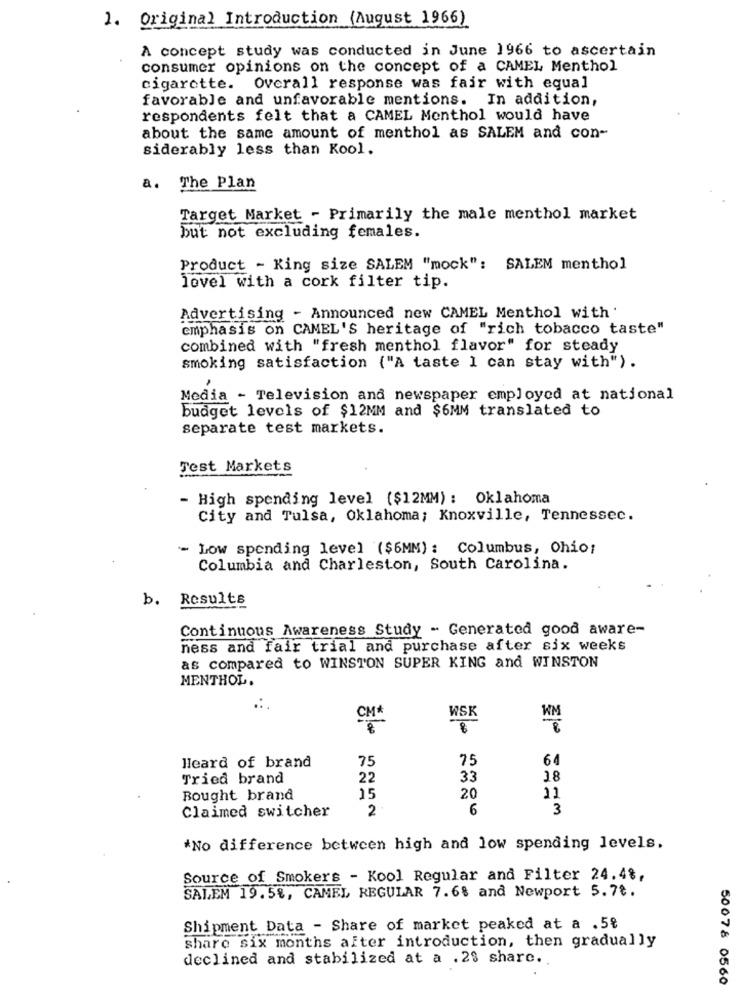
1. Original Introduction (August 1966)
A concept study was conducted in June 1966 to ascertain
consumer opinions on the concept of a CAMEL Menthol
cigarette. Overall response was fair with equal
favorable and unfavorable mentions. In addition,
respondents felt that a CAMEL Monthol would have
about the same amount of menthol as SALEM and con-
siderably less than Kool.
a. The Plan
Target Market - Primarily the male menthol market
but not excluding females.
Product - King size SALEM "mock": SALEM menthol
level with a cork filter tip.
Advertising - Announced new CAMEL Menthol with '
emphasis on CAMEL'S heritage of "rich tobacco taste"
combined with "fresh menthol flavor" for steady
smoking satisfaction ("A taste 1 can stay with") .
Media - Television and newspaper employed at national
budget levels of $12MM and $6MM translated to
separate test markets.
Test Markets
- High spending level ($12MM) : Oklahoma
City and Tulsa, Oklahoma; Knoxville, Tennessee.
- Low spending level ($6MM) : Columbus, Ohio;
Columbia and Charleston, South Carolina.
b. Results
Continuous Awareness Study - Generated good aware-
ness and fair trial and purchase after six weeks
as compared to WINSTON SUPER KING and WINSTON
MENTHOL.
CM*
WSK
Heard of brand
75
75
64
Tried brand
22
33
18
Bought brand
15
20
11
Claimed switcher
2
6
3
*No difference between high and low spending levels.
Source of Smokers - Kool Regular and Filter 24.4%,
SALEM 19.5%, CAMEL REGULAR 7.6% and Newport 5.7¢.
Shipment Data - Share of market peaked at a .5%
share six months after introduction, then gradually
declined and stabilized at a .28 share ..
50078 0560